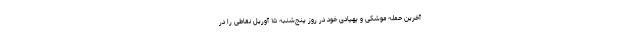
آخرین حمله موشکی و پهپادی خود در روز پنج‌شنبه ۱۵ آوریل نقاطی را در